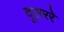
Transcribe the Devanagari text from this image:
दूसररे